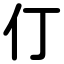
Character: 仃